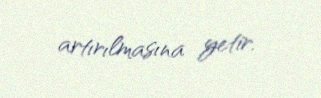
artırılmasına yetir.